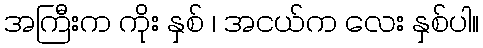
အကြီးက ကိုး နှစ် ၊ အငယ်က လေး နှစ်ပါ။